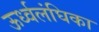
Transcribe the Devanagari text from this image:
ऊर्ध्वलंघिका